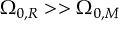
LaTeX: \Omega _ { 0 , R } > > \Omega _ { 0 , M }